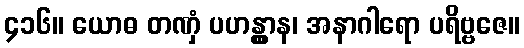
၄၁၆။ ယောဓ တဏှံ ပဟန္တွာန၊ အနာဂါရော ပရိဗ္ဗဇေ။